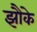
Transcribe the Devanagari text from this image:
झौके